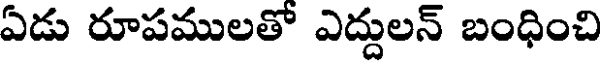
ఏడు రూపములతో ఎద్దులన్ బంధించి